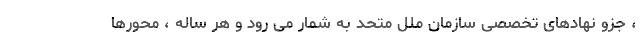
، جزو نهادهای تخصصی سازمان ملل متحد به شمار می رود و هر ساله ، محورها